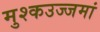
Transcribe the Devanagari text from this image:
मुश्कउज्जमां